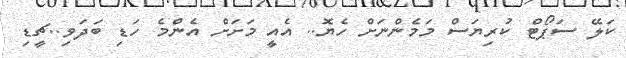
ކަލޭ ސަޕޯޓް ކުރިޔަސް މަމެންނަށް ހެޔޮ.. އެއީ މަށަށް އެންމެ ހަޑި ބަދަވި..ޗީޑި